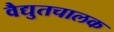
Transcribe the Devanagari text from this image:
वैद्युतचालक